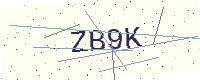
Text: ZB9K